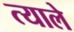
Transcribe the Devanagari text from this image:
त्याले